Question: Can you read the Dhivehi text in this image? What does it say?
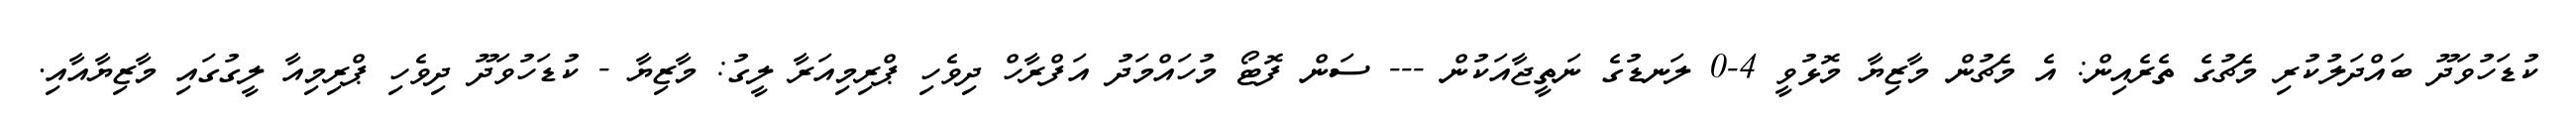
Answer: ކުޑަހުވަދޫ ބައްދަލުކުރި މެޗުގެ ތެރެއިން: އެ މެޗުން މާޒިޔާ މޮޅުވީ 4-0 ލަނޑުގެ ނަތީޖާއަކުން --- ސަން ފޮޓޯ މުހައްމަދު އަފްރާހް ދިވެހި ޕްރިމިއަރާ ލީގު: މާޒިޔާ - ކުޑަހުވަދޫ ދިވެހި ޕްރިމިއާ ލީގުގައި މާޒިޔާއާއި.